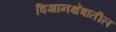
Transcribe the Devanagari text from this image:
विज्ञानक्षेत्रातील